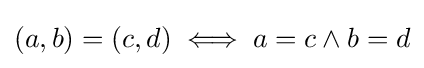
(a,b)=(c,d)\iff a=c\land b=d